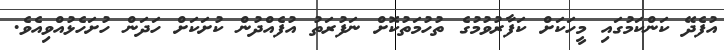
އުފެދޭ ކަންކަމުގައި މީހަކަށް ކަފާރުވުމުގެ ތުހުމަތުކޮށް ނަފުރަތު އުފެއްދުން ކުށަކަށް ހަދަން ހުށަހެޅުއްވިއެވެ.